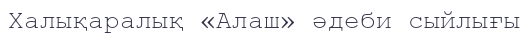
Халықаралық «Алаш» әдеби сыйлығы